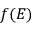
f ( E )